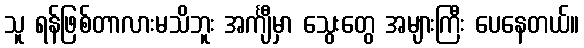
သူ ရန်ဖြစ်တာလားမသိဘူး အင်္ကျီမှာ သွေးတွေ အများကြီး ပေနေတယ်။